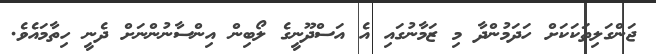
ޖަންގަލިތަކަކަށް ހަދަމުންދާ މި ޒަމާނުގައި އެ އަސްދޫނީގެ ލޯބިން އިންސާނުންނަށް ދެނީ ހިތާމައެވެ.